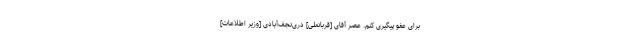
براى عفو پیگیرى ‌كنم. عصر آقاى [قربانعلی] درى‌نجف‌آبادى [وزیر اطلاعات]